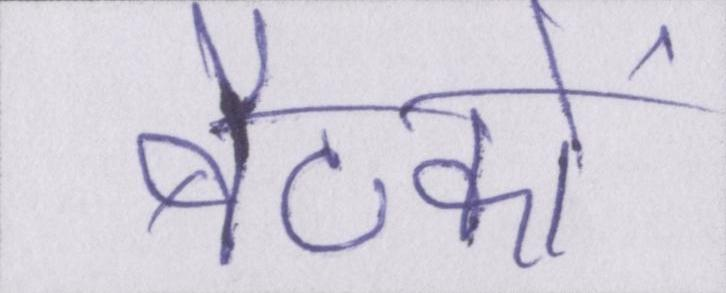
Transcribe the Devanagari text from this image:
बैठकों